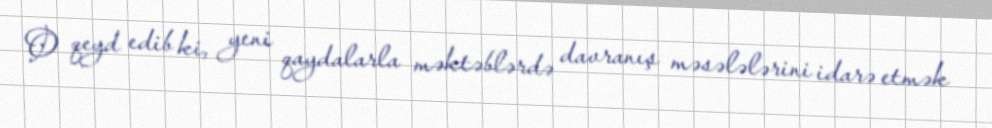
O qeyd edib ki, yeni qaydalarla məktəblərdə davranış məsələlərini idarə etmək